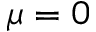
\mu = 0